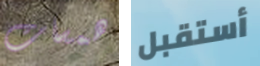
همسات أستقبل